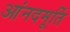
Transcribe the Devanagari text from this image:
आंनदमूर्ति